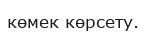
көмек көрсету.